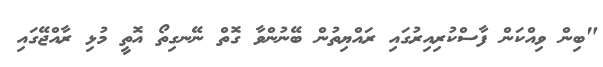
"ބިން ވިއްކަން ފާސްކުރިއިރުގައި ރައްޔިތުން ބޭނުންވާ ގޮތް ނޭނގިތޯ އޮތީ މުޅި ރާއްޖޭގައި